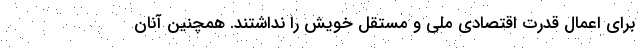
برای اعمال قدرت اقتصادی ملی و مستقل خویش را نداشتند‌. همچنین آنان